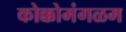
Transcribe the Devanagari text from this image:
कोक्कोमंगळम